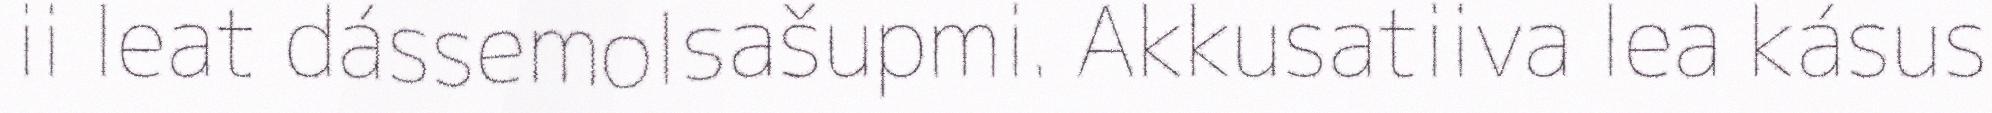
ii leat dássemolsašupmi. Akkusatiiva lea kásus